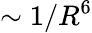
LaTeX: \sim{1}/{R^{6}}